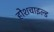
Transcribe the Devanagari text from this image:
होशचाइल्ड